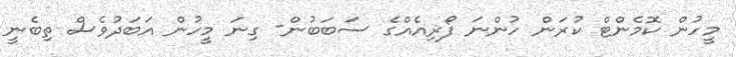
މީހުން ކޮމެންޓް ކުރަން ހުންނަ ފޯޜިއެއްގެ ސަބަބުން- ގިނަ މީހުން އަބަދުވެސް ތިބެނީ